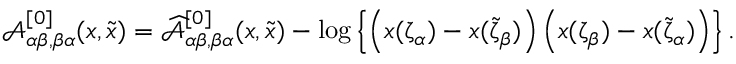
\begin{array} { r } { { \mathcal A } _ { \alpha \beta , \beta \alpha } ^ { [ 0 ] } ( x , \tilde { x } ) = \widehat { { \mathcal A } } _ { \alpha \beta , \beta \alpha } ^ { [ 0 ] } ( x , \tilde { x } ) - \log \left\{ \left( x ( \upzeta _ { \alpha } ) - x ( \tilde { \upzeta } _ { \beta } ) \right) \left( x ( \upzeta _ { \beta } ) - x ( \tilde { \upzeta } _ { \alpha } ) \right) \right\} . } \end{array}